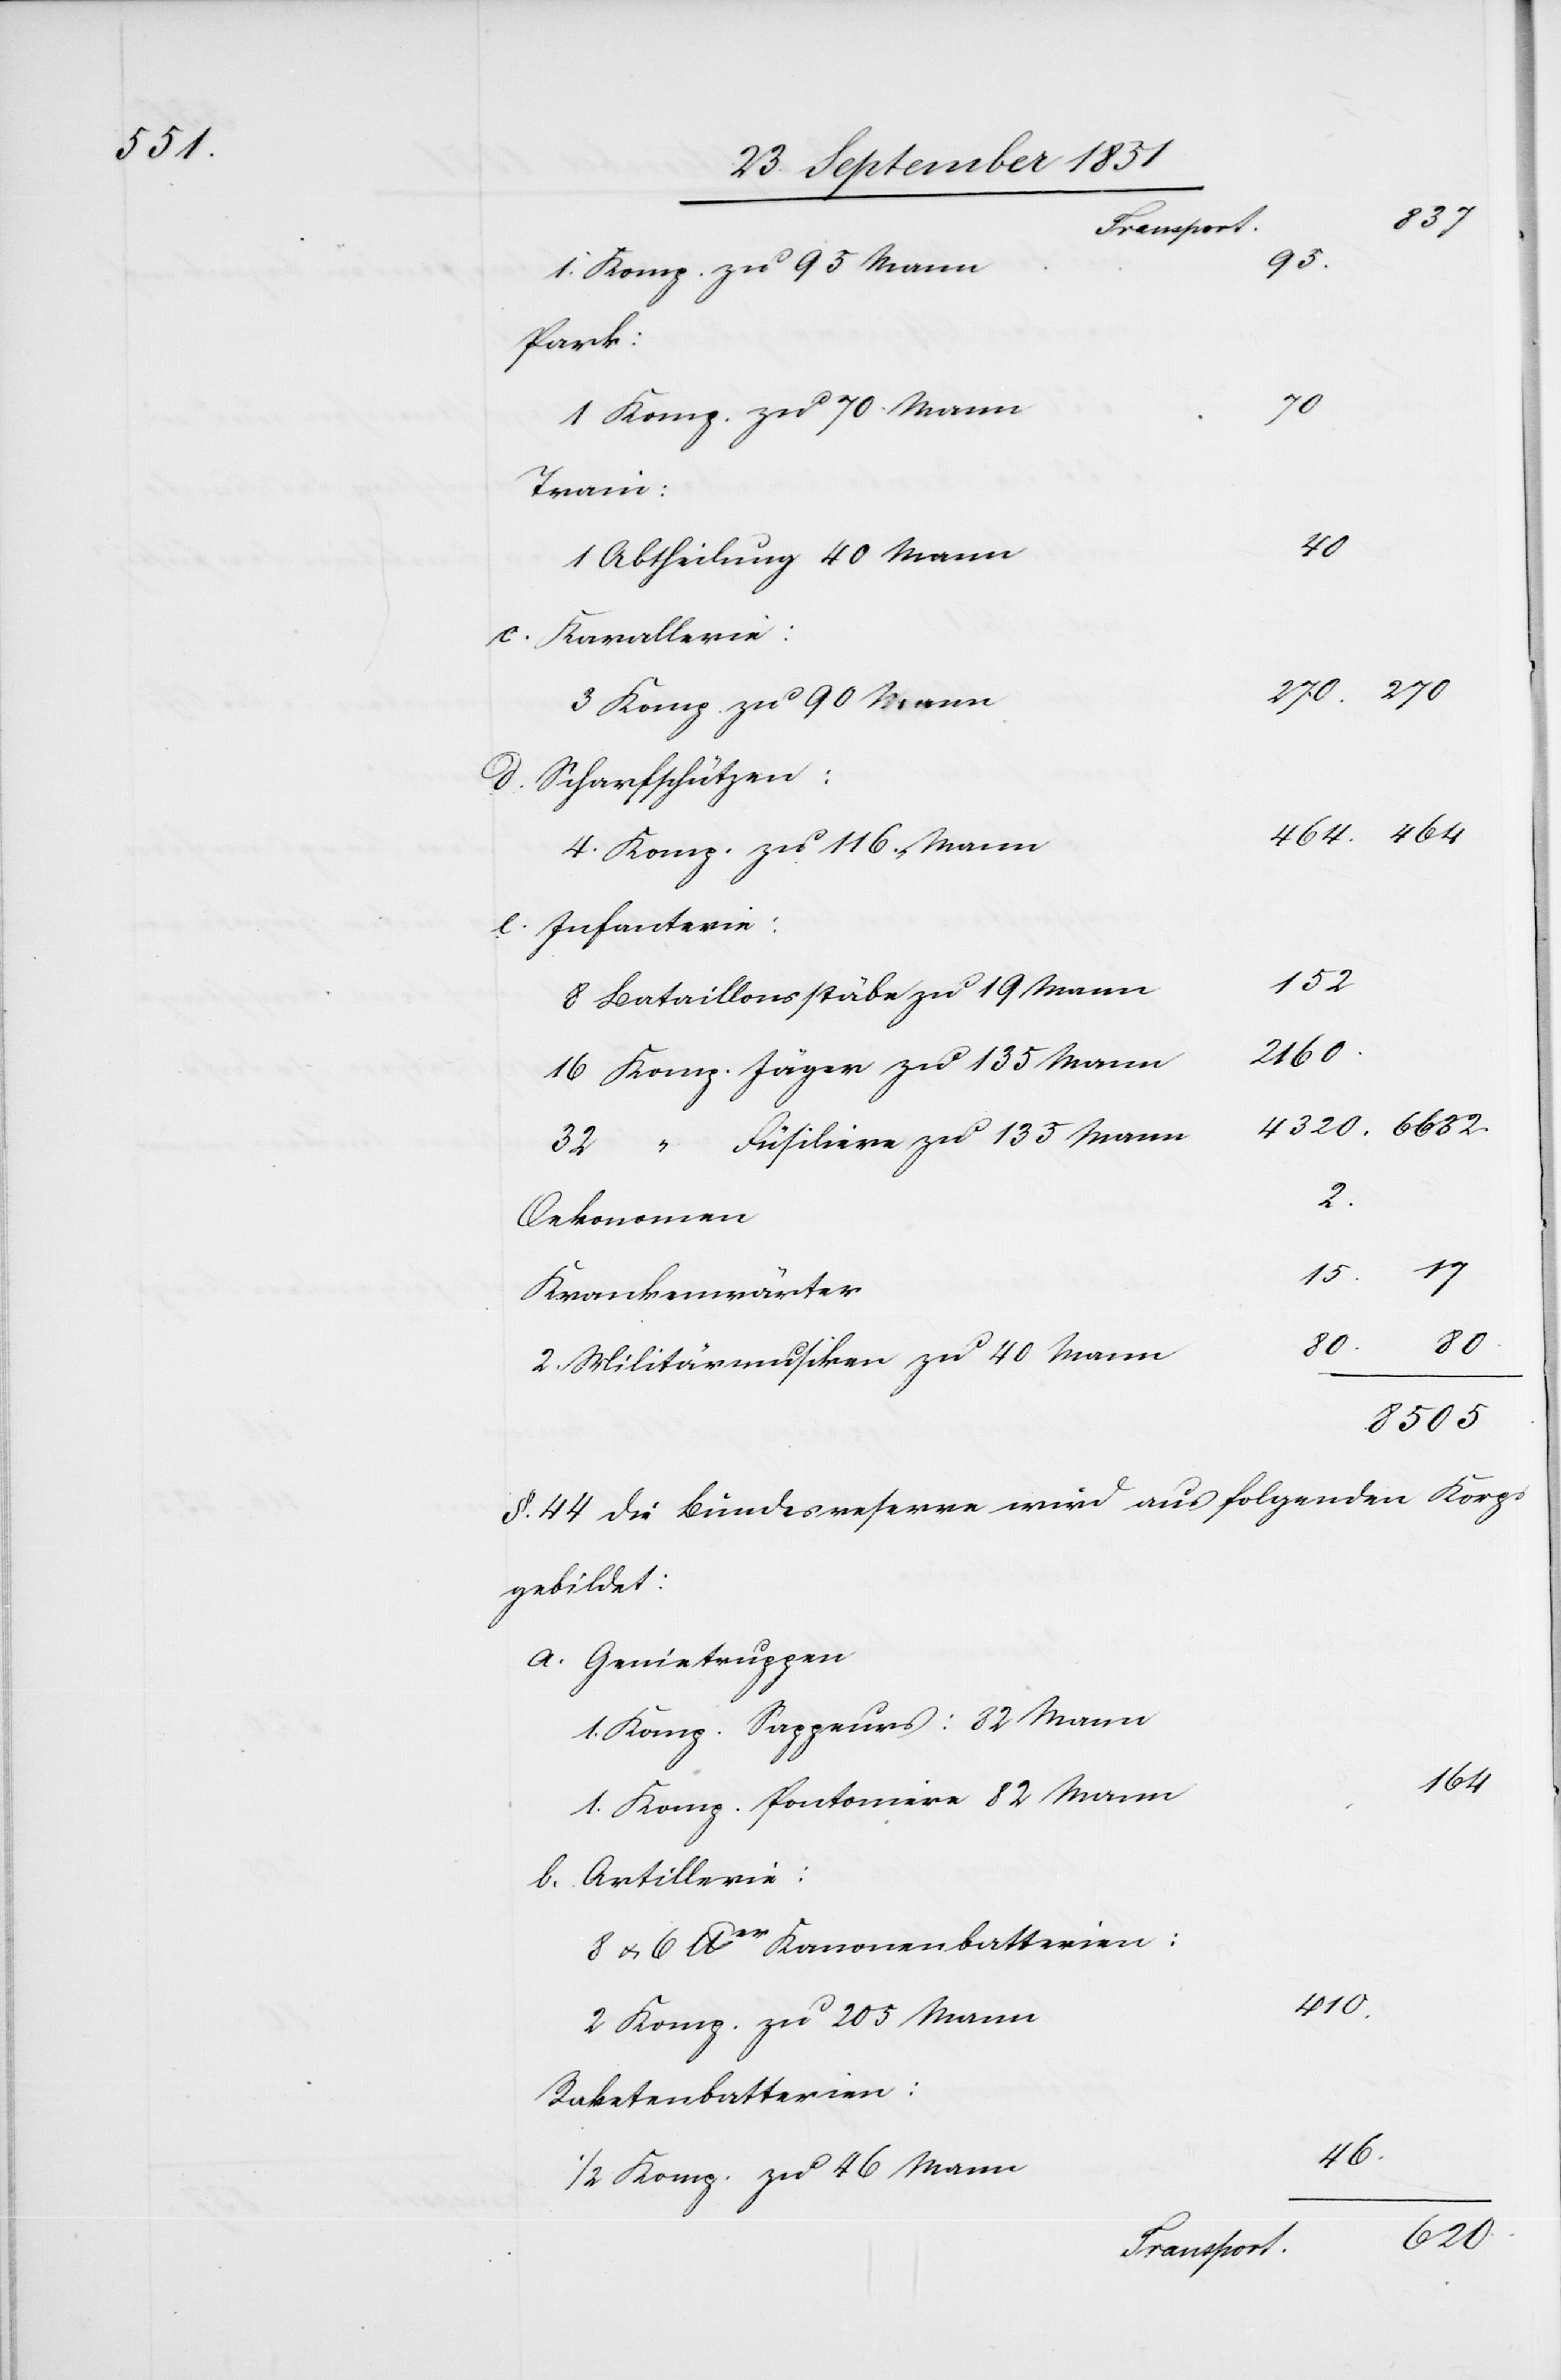
15.
Park:
270
1 Komp. zu 70. Mann
Train:
b.
Abtheilung [zu] 40 Mann
Scharfschützen:
Infanterie:
152
8 Bataillonsstäbe zu 19 Mann
2160.
16 Komp. Jäger zu 135 Mann
32 “ Füsiliere zu 135 Mann
2.
Oekonomen
Krankenwärter
80.
80.
2. Militärmusiken zu 40 Mann
8505.
gebildet:
Genietruppen
1. Komp. Sappeurs: 82 Mann
164
1. Komp. Pontoniere 82 Mann
Artillerie:
8 u. 6 lber Kanonenbatterien:
410.
2 Komp. zu 205 Mann
Raketenbatterien:
46.
1/2 Komp. zu 46 Mann
620
Transport.